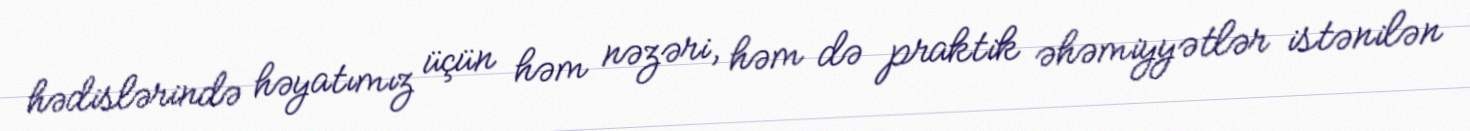
hədislərində həyatımız üçün həm nəzəri, həm də praktik əhəmiyyətlər istənilən